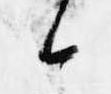
候